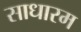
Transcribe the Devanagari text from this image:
साधारम